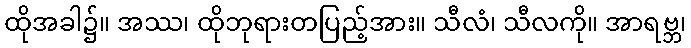
ထိုအခါ၌။ အဿ၊ ထိုဘုရားတပြည့်အား။ သီလံ၊ သီလကို။ အာရဗ္ဘ၊